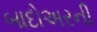
બાદોઅરની